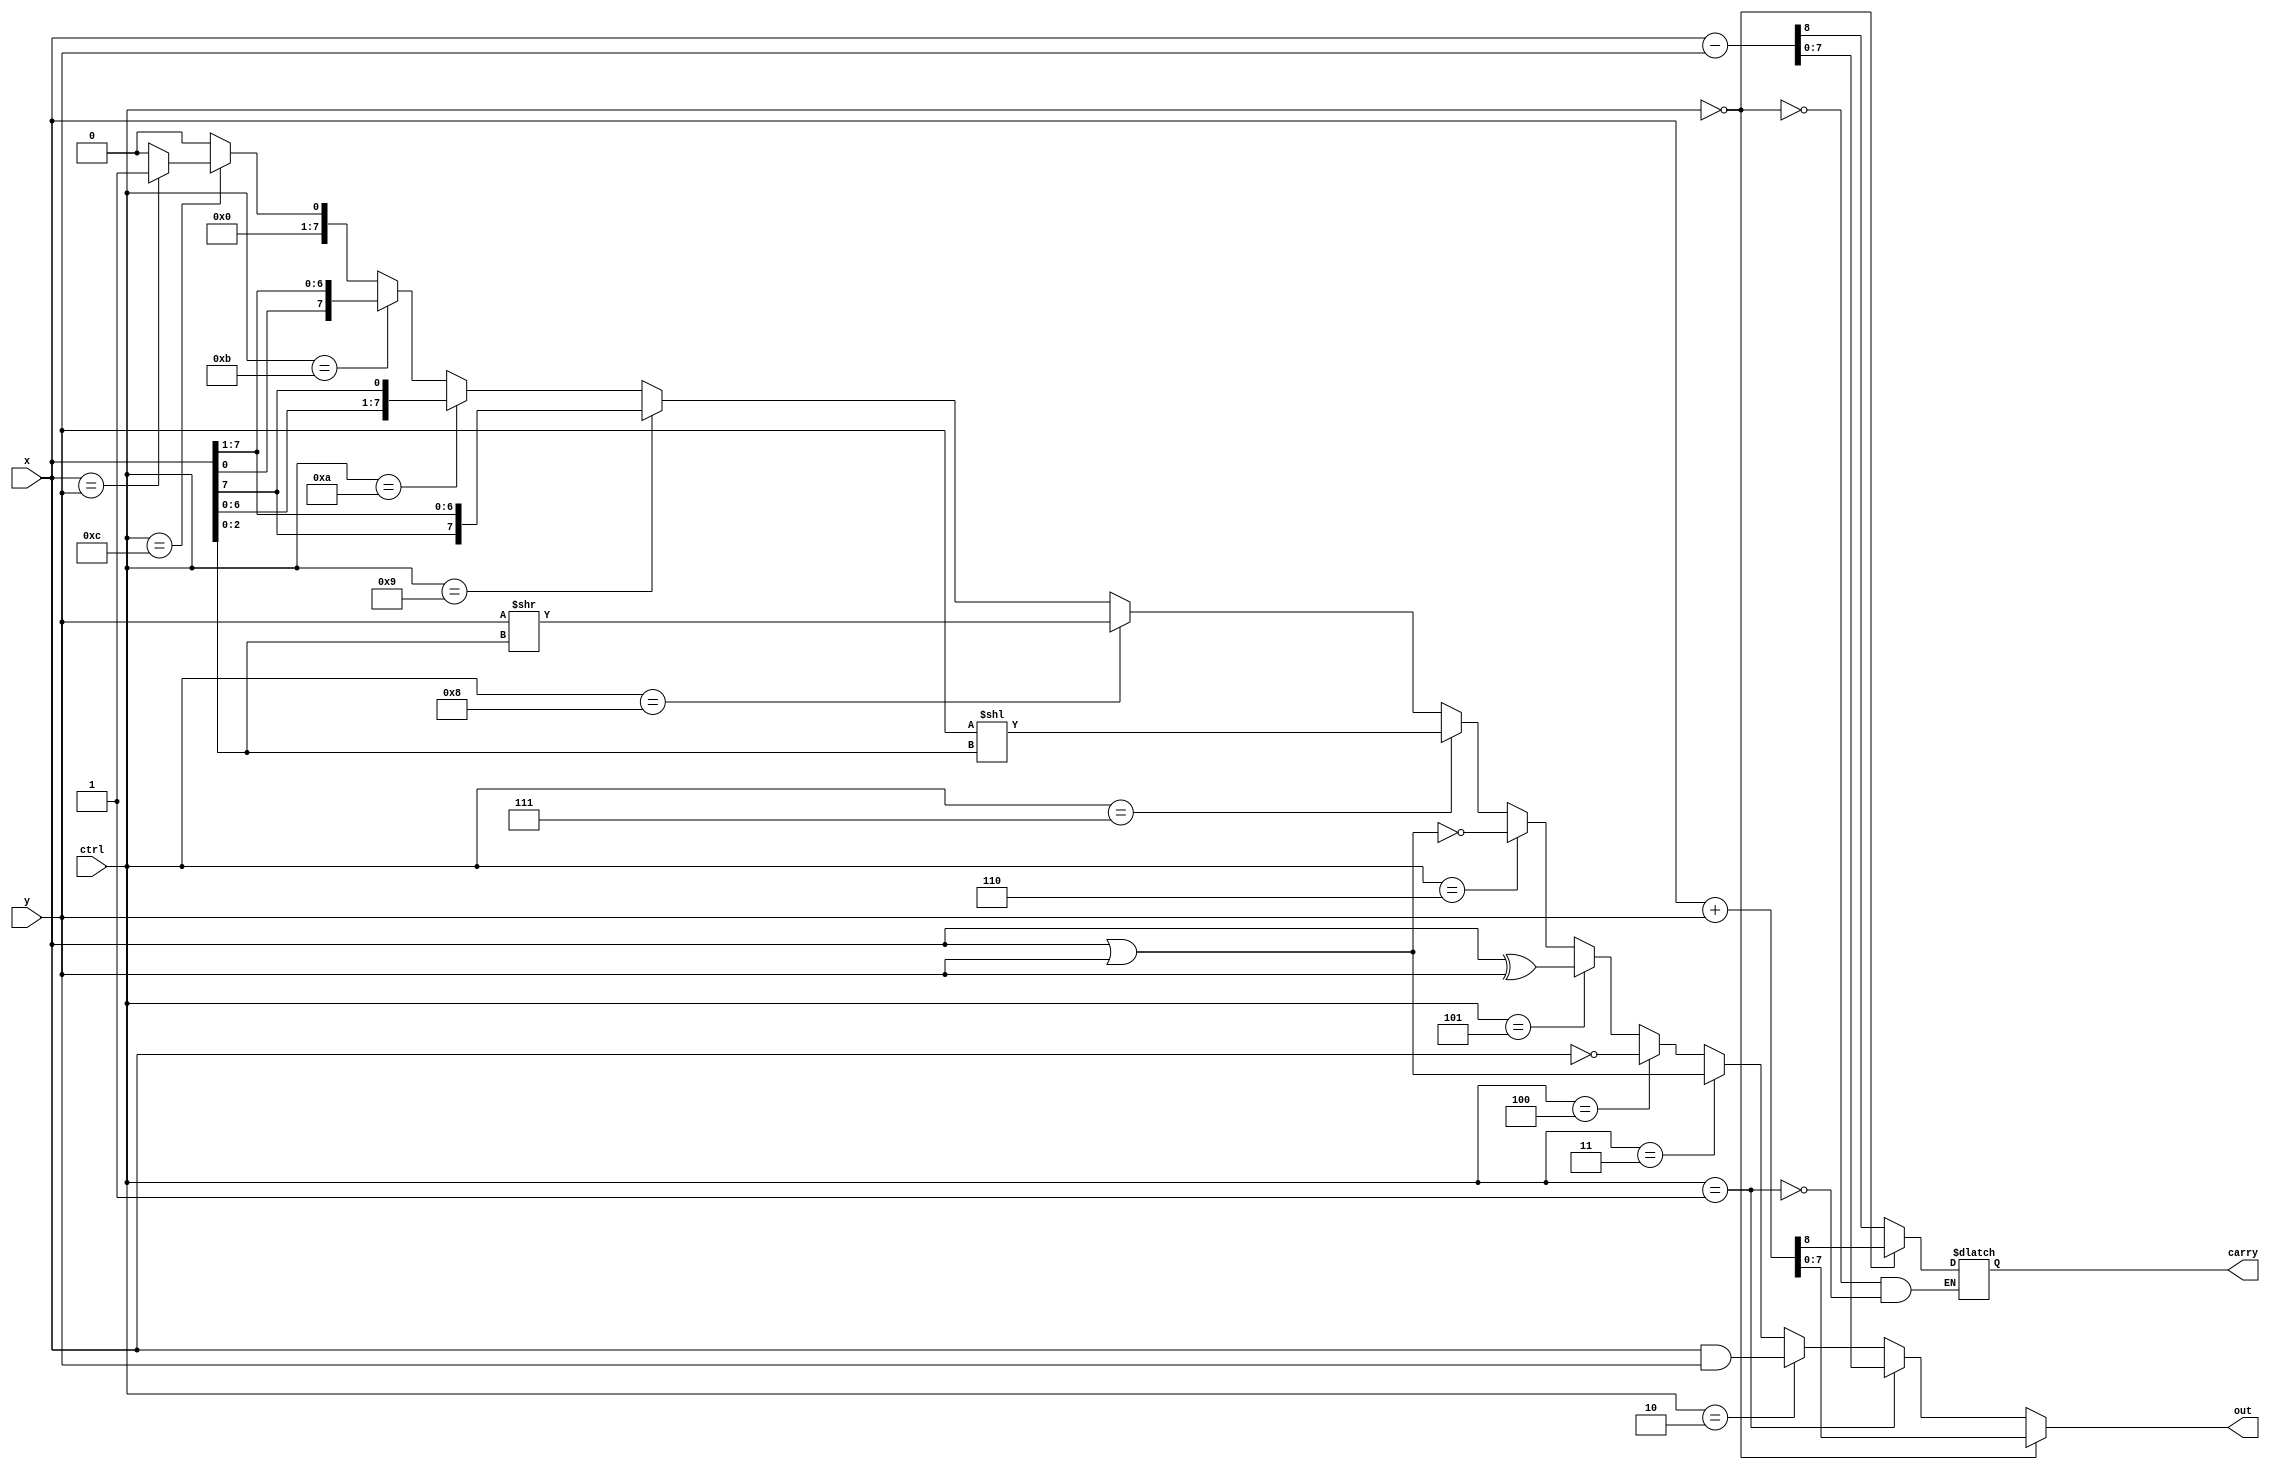
//Behavior level (event-driven) 
module alu(
    ctrl,
    x,
    y,
    carry,
    out 
);
    
    input  [3:0] ctrl;
    input  [7:0] x;
    input  [7:0] y;
    output       carry;
    output [7:0] out;
    
    reg [7:0]Out;
    reg Carry;
    assign out = Out;
    assign carry = Carry;

    //monitoring until ctrl input
    always@(*) begin	
        //signal = 0000 aka Add(signed)
	if(ctrl == 4'b0000) 
	     {Carry,Out} <= x + y;
	//signal = 0001 aka Sub(signed)
	else if(ctrl[3:0] == 4'b0001) 
	    {Carry,Out} <= x - y;
	//signal = 0010 aka And
	else if(ctrl[3:0] == 4'b0010)
	    Out[7:0] <= x[7:0] & y[7:0];
	//signal = 0011 aka Or
	else if(ctrl[3:0] == 4'b0011)
	    Out[7:0] <= x[7:0] | y[7:0];
	//signal = 0100 aka Not
	else if(ctrl[3:0] == 4'b0100)
	    Out[7:0] <= ~x[7:0]; 
	//signal = 0101 aka Xor
	else if(ctrl[3:0] == 4'b0101)
	    Out[7:0] <= x[7:0] ^ y[7:0];
	//signal = 0110 aka Nor
	else if(ctrl[3:0] == 4'b0110)
	    Out[7:0] <= ~(x[7:0] | y[7:0]);
	//singal = 0111 aka Shift Left Logical variable
	else if(ctrl[3:0] == 4'b0111)
	    Out[7:0] <= y << x[2:0];
	//singal = 1000 aka Shift right Logical variable
	else if(ctrl[3:0] == 4'b1000)
	    Out[7:0] <= y >> x[2:0];
	//signal = 1001 aka Shift right arithmetic
	else if(ctrl[3:0] == 4'b1001)
	    Out[7:0] <= {x[7],x[7:1]};
	//signal = 1010 aka Rotate left
	else if(ctrl[3:0] == 4'b1010)
	    Out[7:0] <= {x[6:0],x[7]};
	//signal = 1011 aka Rotate right
	else if(ctrl[3:0] == 4'b1011)
	    Out[7:0] <= {x[0],x[7:1]};
	//singal = 1100 aka Equal
	else if(ctrl[3:0] == 4'b1100)
	    if(x[7:0] == y[7:0])
		Out[7:0] <= 8'b1;
	    else
		Out[7:0] <= 8'b0;
	//singal = 1101 || 1110 || 1111
	else
	    Out[7:0] <= 8'b0;
    end

endmodule